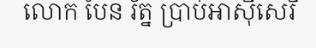
លោក បែន រ័ត្ន ប្រាប់អាស៊ីសេរី